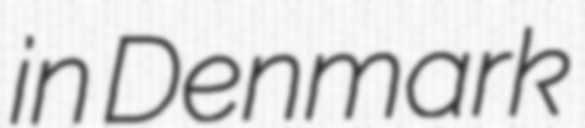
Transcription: in Denmark